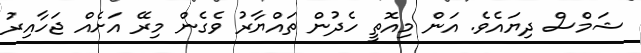
ޝަމްސް ދިޔައެވެ. އަން މިއޮތީ ހެދުން ތައްޔާރު ވެގެން މިރޭ އަށެއް ޖަހާއިރު